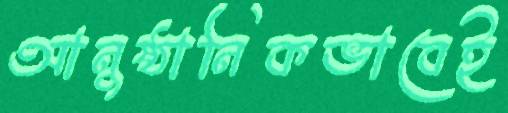
আনুষ্ঠানিকভাবেই